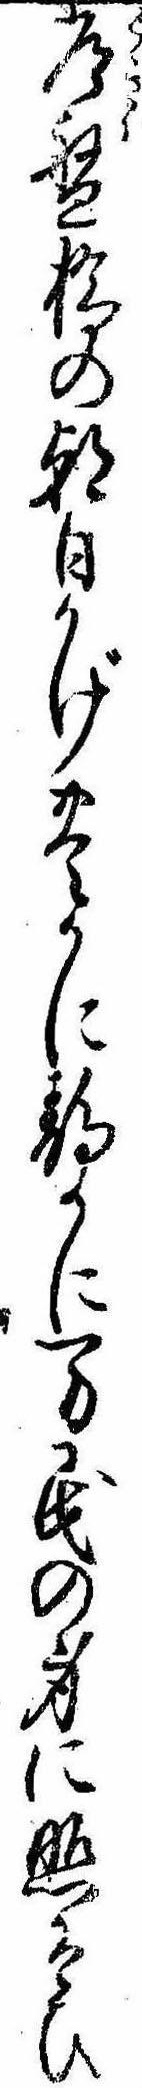
常盤橋の朝日かげ豊かに静かに万民の身に照そひ